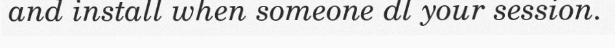
and install when someone dl your session.